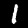
Digit: 1